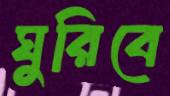
ঘুরিবে